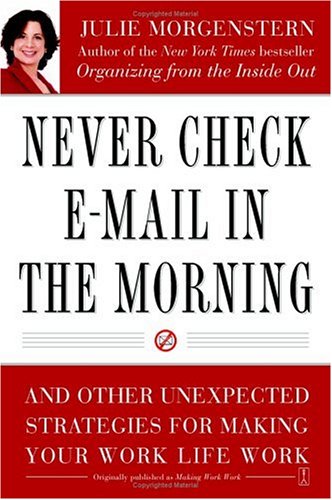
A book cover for Never Check E-Mail In the Morning: And Other Unexpected Strategies for Making Your Work Life Work; Julie Morgenstern; Computers & Technology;